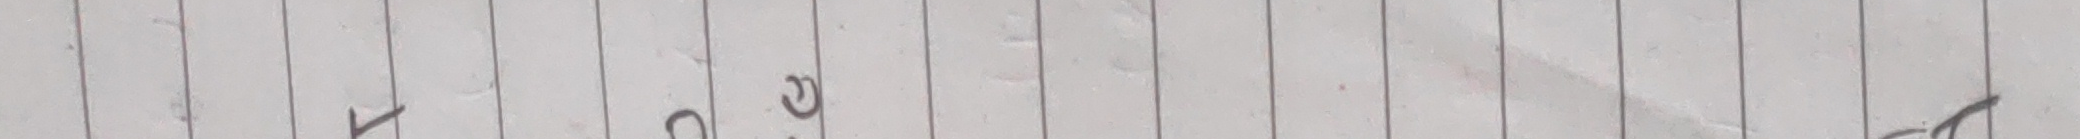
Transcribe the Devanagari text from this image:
रु